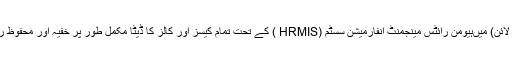
1099 (ہیلپ لائن) میںہیومن رائٹس مینجمنٹ انفارمیشن سسٹم (HRMIS ) کے تحت تمام کیسز اور کالز کا ڈیٹا مکمل طور پر خفیہ اور محفوظ رکھا جاتا ہے ۔